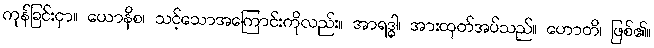
ကုန်ခြင်းငှာ။ ယောနိစ၊ သင့်သောအကြောင်းကိုလည်း။ အာရဒ္ဓါ၊ အားထုတ်အပ်သည်။ ဟောတိ၊ ဖြစ်၏။